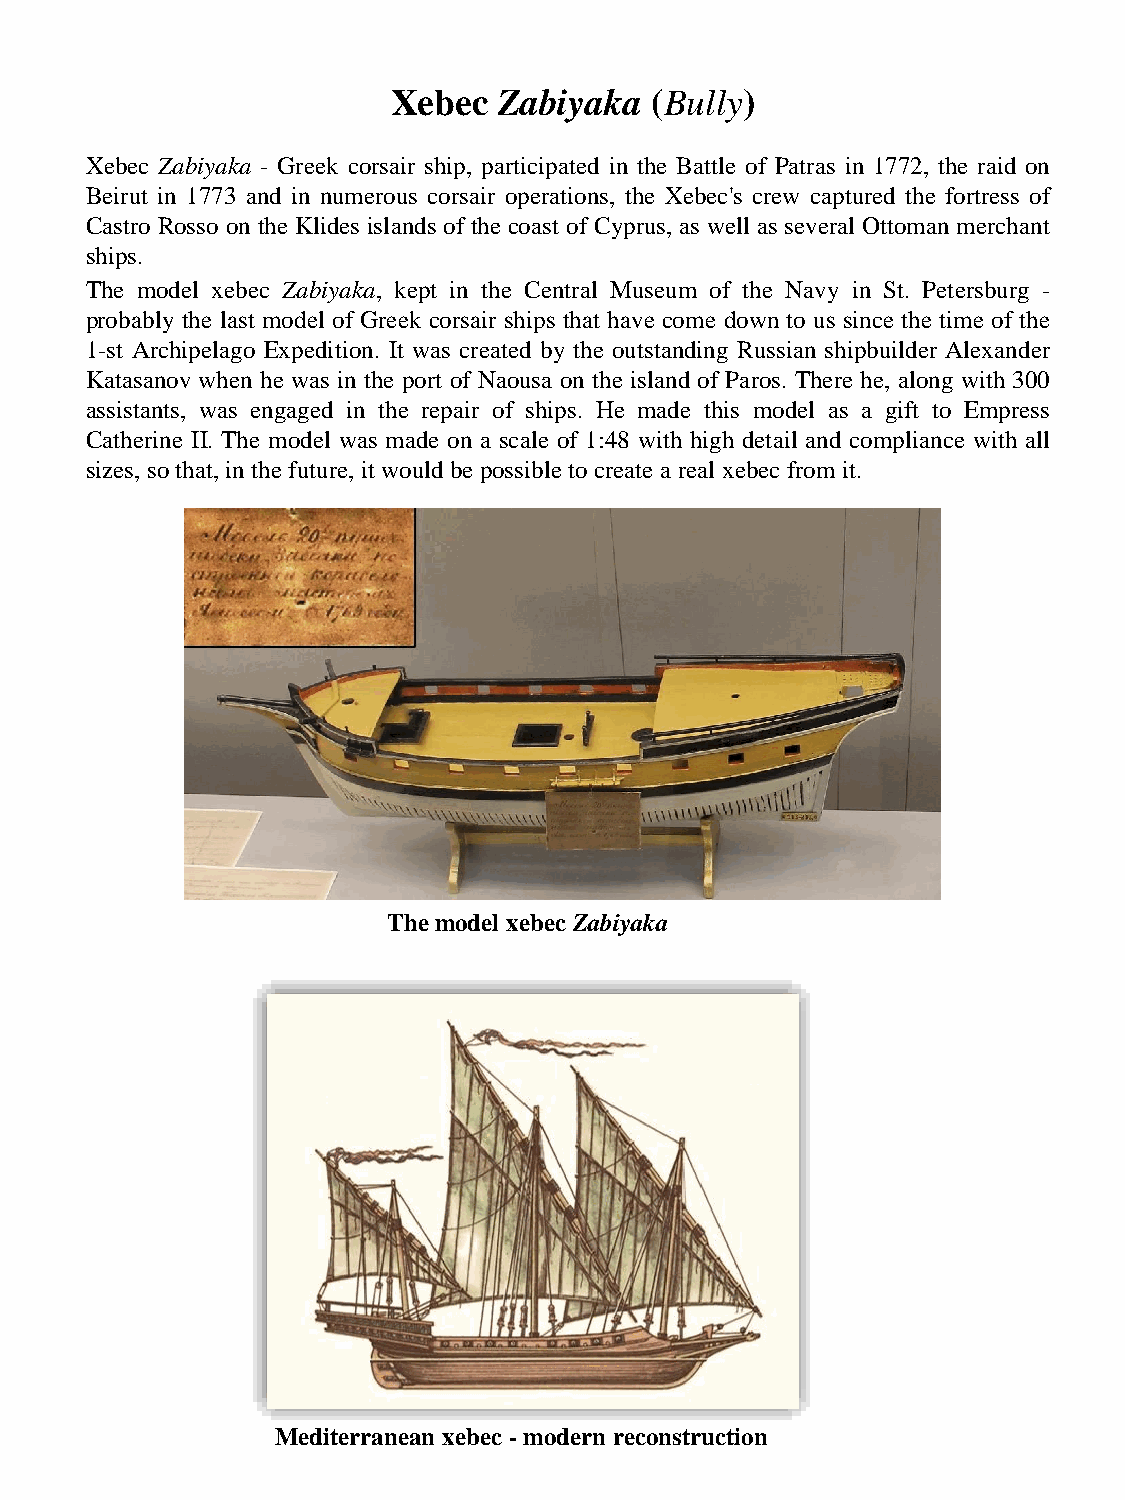
Xebec  Zabiyaka  (Bully)
 Xebec Zabiyaka - Greek corsair ship, participated in the Battle of Patras in 1772, the raid on
 Beirut in 1773 and in numerous corsair operations, the Xebec's crew captured the fortress of
 Castro Rosso on the Klides islands of the coast of Cyprus, as well as several Ottoman merchant
 ships.
 The model xebec Zabiyaka, kept in the Central Museum of the Navy in St. Petersburg -
 probably the last model of Greek corsair ships that have come down to us since the time of the
 1-st Archipelago Expedition. It was created by the outstanding Russian shipbuilder Alexander
 Katasanov when he was in the port of Naousa on the island of Paros. There he, along with 300
 assistants, was engaged in the repair of ships. He made this model as a gift to Empress
 Catherine II. The model was made on a scale of 1:48 with high detail and compliance with all
 sizes, sothat, inthe future, it wouldbe possible tocreate a real xebec from it.
 The model xebec Zabiyaka
 Mediterranean xebec - modern reconstruction